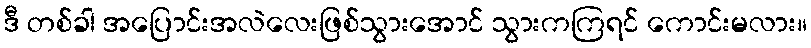
ဒီ တစ်ခါ အပြောင်းအလဲလေးဖြစ်သွားအောင် သွားကကြရင် ကောင်းမလား။